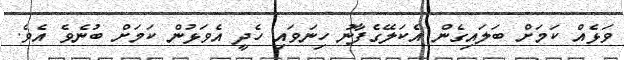
ވަޅެއް ކަމަށް ބަލައިގެން އެކަލޭގެފާނު ހިނަވައި ހެދީ އެވަޅުން ކަމަށް ބުނެވެ އެވެ.